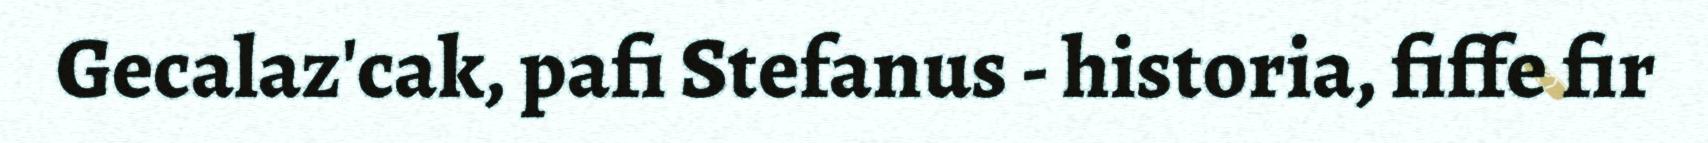
Gecalaz'cak, pafi Stefanus - historia, fiffe fir